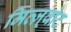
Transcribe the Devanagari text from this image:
मित्ज़्वोट